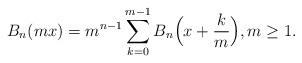
LaTeX: \begin{align*} {B_n (mx)} = {m^{n - 1}}\sum_{k = 0}^{m - 1} {B_n\Big( {x + \frac{k}{m}} \Bigr)},m \geq1.\end{align*}